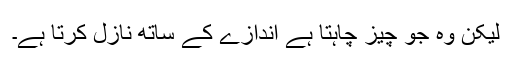
لیکن وہ جو چیز چاہتا ہے اندازے کے ساتھ نازل کرتا ہے۔